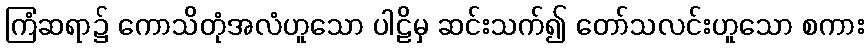
ကြံဆရာ၌ ကောသိတုံအလံဟူသော ပါဠိမှ ဆင်းသက်၍ တော်သလင်းဟူသော စကား